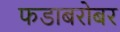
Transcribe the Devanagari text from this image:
फडाबरोबर